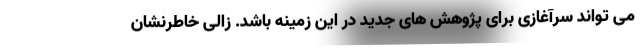
می تواند سرآغازی برای پژوهش های جدید در این زمینه باشد. زالی خاطرنشان